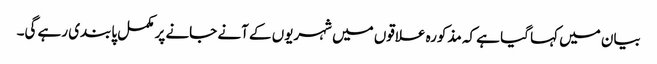
بیان میں کہا گیا ہے کہ مذکورہ علاقوں میں شہریوں کے آنے جانے پر مکمل پابندی رہے گی۔